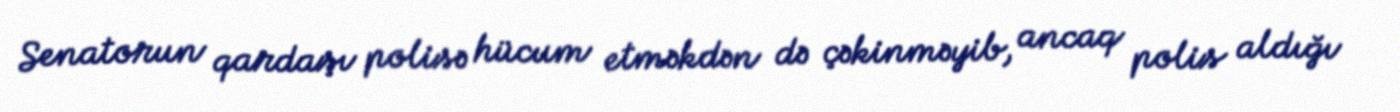
Senatorun qardaşı polisə hücum etməkdən də çəkinməyib, ancaq polis aldığı